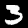
Label: 3